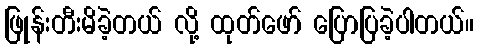
ဖြုန်းတီးမိခဲ့တယ် လို့ ထုတ်ဖော် ပြောပြခဲ့ပါတယ်။